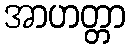
အာဟတ္တာ